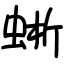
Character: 蜥